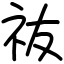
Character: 鿆